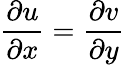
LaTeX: {\frac{\partial u}{\partial x}}={\frac{\partial v}{\partial y}}